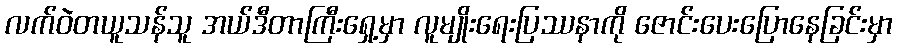
လက်ဝဲတယူသန်သူ အယ်ဒီတာကြီးရှေ့မှာ လူမျိုးရေးပြဿနာကို ဇောင်းပေးပြောနေခြင်းမှာ